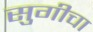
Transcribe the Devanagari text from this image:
सुगीचा